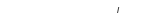
٨